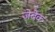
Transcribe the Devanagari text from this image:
जेबेक